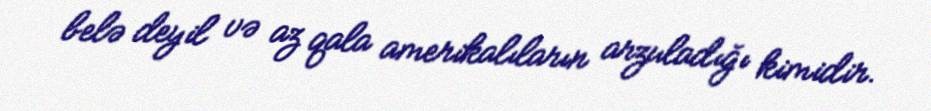
belə deyil və az qala amerikalıların arzuladığı kimidir.